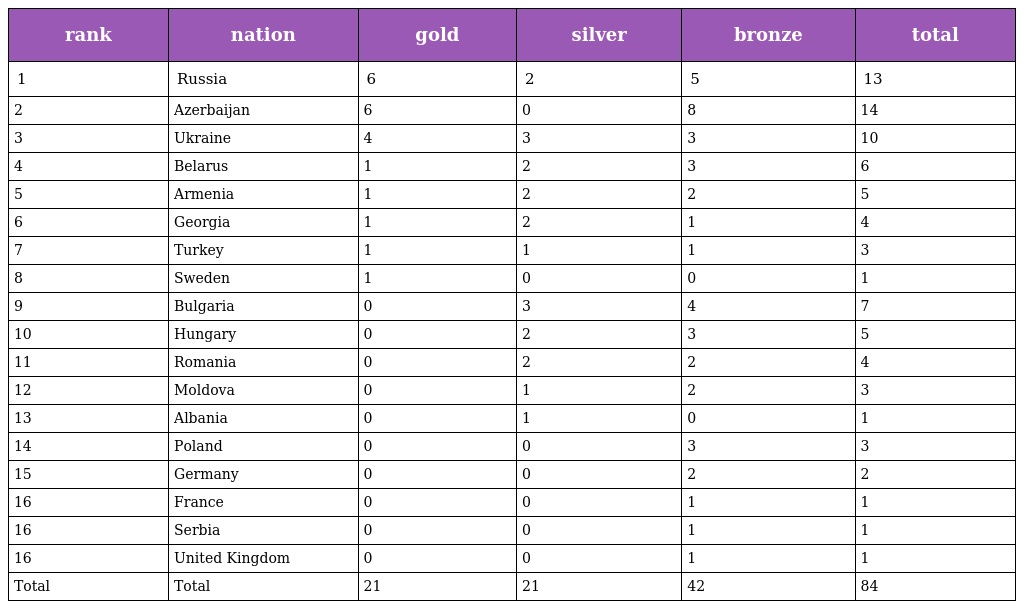
| rank | nation | gold | silver | bronze | total |
 | --- | --- | --- | --- | --- | --- |
 | 1 | Russia | 6 | 2 | 5 | 13 |
 | 2 | Azerbaijan | 6 | 0 | 8 | 14 |
 | 3 | Ukraine | 4 | 3 | 3 | 10 |
 | 4 | Belarus | 1 | 2 | 3 | 6 |
 | 5 | Armenia | 1 | 2 | 2 | 5 |
 | 6 | Georgia | 1 | 2 | 1 | 4 |
 | 7 | Turkey | 1 | 1 | 1 | 3 |
 | 8 | Sweden | 1 | 0 | 0 | 1 |
 | 9 | Bulgaria | 0 | 3 | 4 | 7 |
 | 10 | Hungary | 0 | 2 | 3 | 5 |
 | 11 | Romania | 0 | 2 | 2 | 4 |
 | 12 | Moldova | 0 | 1 | 2 | 3 |
 | 13 | Albania | 0 | 1 | 0 | 1 |
 | 14 | Poland | 0 | 0 | 3 | 3 |
 | 15 | Germany | 0 | 0 | 2 | 2 |
 | 16 | France | 0 | 0 | 1 | 1 |
 | 16 | Serbia | 0 | 0 | 1 | 1 |
 | 16 | United Kingdom | 0 | 0 | 1 | 1 |
 | Total | Total | 21 | 21 | 42 | 84 |